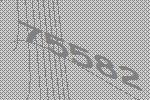
75582